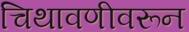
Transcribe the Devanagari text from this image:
चिथावणीवरून